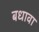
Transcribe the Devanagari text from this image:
बधावा